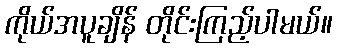
ကိုယ်အပူချိန် တိုင်းကြည့်ပါမယ်။